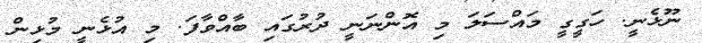
ނޫޅެނީ. ހަގީގީ މައްސަލަ މި އޮންނަނީ ދުރުގައި ބާއްވާފަ. މި އުޅެނީ މުޅިން